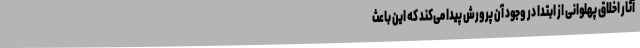
آثار اخلاق پهلوانی از ابتدا در وجود آن پرورش پیدا می‌کند که این باعث